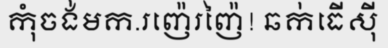
កុំចង់មក.រញ៉េរញ៉ៃ! ឆក់ធើស៊ី